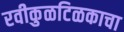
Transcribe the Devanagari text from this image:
रवीकुळटिळकाचा